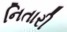
નિતારી